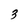
Character: 3